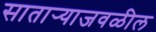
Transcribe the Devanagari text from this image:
सातार्‍याजवळील